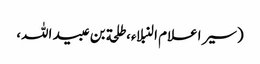
(سیر اعلام النبلاء، طلحة بن عبید اللہ،